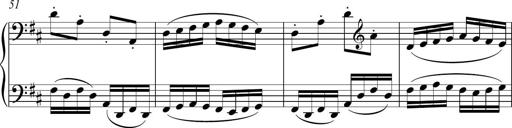
Title: Sonatina del HuÃ©car
Composer: JosÃ© Miguel Moreno Sabio